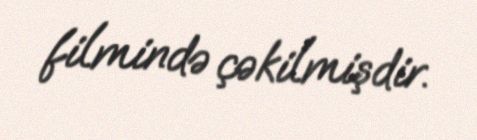
filmində çəkilmişdir.